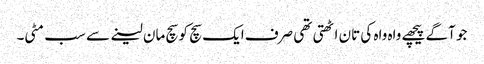
جو آگے پیچھے واہ واہ کی تان اٹھتی تھی صرف ایک سچ کو سچ مان لینے سے سب مٹی۔